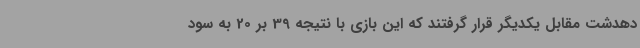
دهدشت مقابل یکدیگر قرار گرفتند که این بازی با نتیجه 39 بر 20 به سود